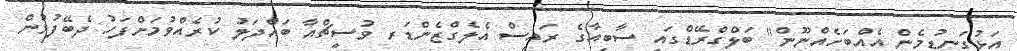
އަޅުގަނޑުމެން އެއްބަހެއްނޫން" ބަލްގްރޭޑްގައި ސާބިއާގެ ރައީސް އެލެގްޒެންޑަރ ވުސީޗްއާ ބައްދަލު ކުރެއްވުމަށްފަހު ދެބޭފުޅުން